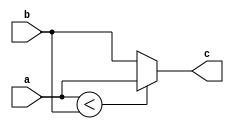
module four (input a, b,
            output c);
    assign c = (a < b) ? a : b;
endmodule

module test (input a, b, c,
            output o);
    wire temp;
    four f1 (.a(a), .b(b), .c(temp));
    four f2 (.a(temp), .b(c), .c(o));
endmodule